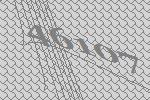
46107